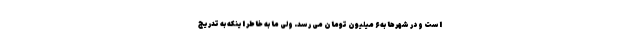
است و در شهرها به ۶ میلیون تومان می رسد. ولی ما به خاطر اینکه به تدریج